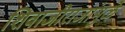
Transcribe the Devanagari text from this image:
शिवाजीराजांमुळे